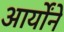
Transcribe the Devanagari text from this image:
आर्योंने